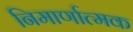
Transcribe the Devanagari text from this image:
निमार्णात्मक